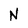
Character: N